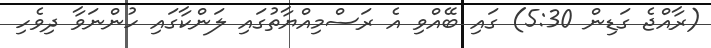
(ރާއްޖެ ގަޑިން 5:30) ގައި ބޭއްވި އެ ރަސްމިއްޔާތުގައި ލަންކާގައި ހުންނަވާ ދިވެހި